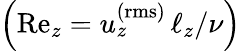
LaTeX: \left(\mathrm{Re}_{z}=u_{z}^{\mathrm{(rms)}}\, \ell_{z}/\nu\right)